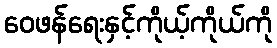
ဝေဖန်ရေးနှင့်ကိုယ့်ကိုယ်ကို